Document type: Sale
Year: 1499
Scribe: Joan Martínez de Sòria
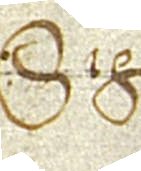
Sig